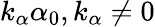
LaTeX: k_{\alpha}\alpha_{0},k_{\alpha}\ne 0